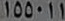
١٥٥٠١١